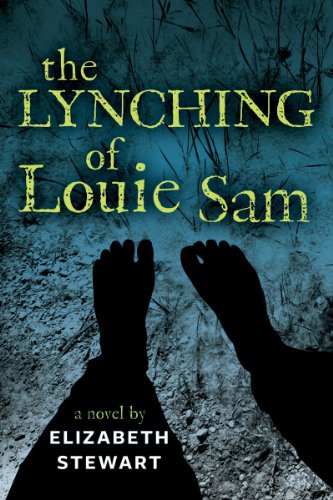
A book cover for The Lynching of Louie Sam; Elizabeth Stewart; Children's Books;